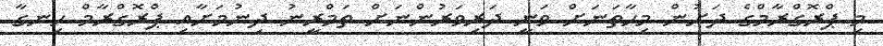
މި ޕްރޮގްރާމްގެ ދަށުން މިހާތަނަށް ވަނީ ދަރިވަރުންނަށް ތަމްރީނު ދިނުމަށާއި ޕްރޮގްރާމް ހިނގާ